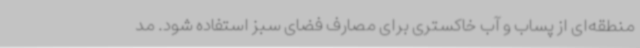
منطقه‌ای از پساب و آب خاکستری برای مصارف فضای سبز استفاده شود. مد